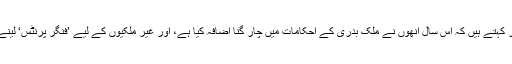
اس کا جواب دیتے ہوئے، عہدے دار کہتے ہیں کہ اس سال اُنھوں نے ملک بدری کے احکامات میں چار گنا اضافہ کیا ہے، اور غیر ملکیوں کے لیے ’فنگر پرنٹس‘ لینے کے کام میں آٹھ گنا اضافہ کیا ہے۔